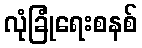
လုံခြုံရေးစနစ်